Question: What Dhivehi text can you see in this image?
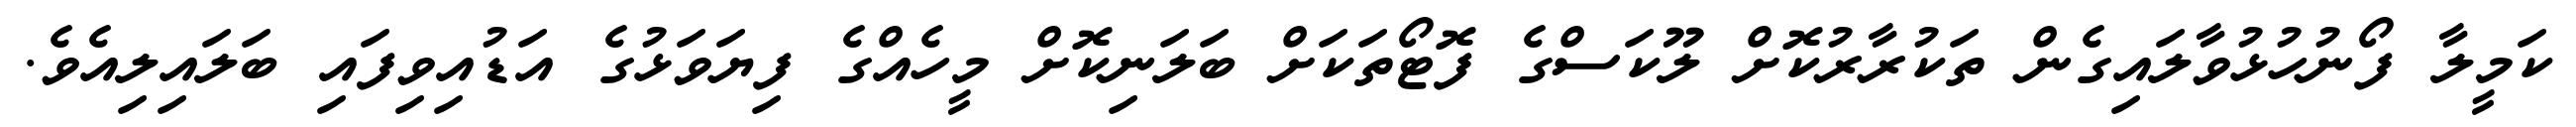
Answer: ކަމީލާ ފޯނުހުޅުވާލައިގެން ތަކުރާރުކޮށް ލޫކަސްގެ ފޮޓޯތަކަށް ބަލަނިކޮށް މީހެއްގެ ފިޔަވަޅުގެ އަޑުއިވިފައި ބަލައިލިއެވެ.